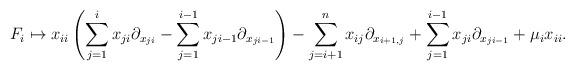
LaTeX: \begin{align*}F_{i}\mapsto x_{i i}\left(\sum_{j=1}^{i}x_{j i}\partial_{x_{ji}}-\sum_{j=1}^{i-1} x_{j i-1}\partial_{x_{j i-1}}\right) -\sum_{j=i+1}^{n}x_{ij}\partial_{x_{i+1,j}} +\sum_{j=1}^{i-1}x_{j i}\partial_{x_{j i-1}}+\mu_{i}x_{i i} .\end{align*}